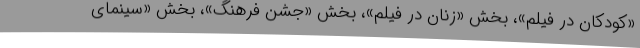
«کودکان در فیلم»، بخش «زنان در فیلم»، بخش «جشن فرهنگ»، بخش «سینمای